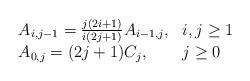
LaTeX: \begin{align*} \begin{array}{ll}A_{i,j-1} = \frac{j(2i+1)}{i(2j+1)}A_{i-1,j}, & i,j\geq 1 \\A_{0,j} = (2j+1)C_j, & j\geq 0\end{array}\end{align*}